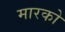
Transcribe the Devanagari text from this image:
मारको